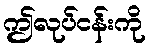
ဤလုပ်ငန်းကို